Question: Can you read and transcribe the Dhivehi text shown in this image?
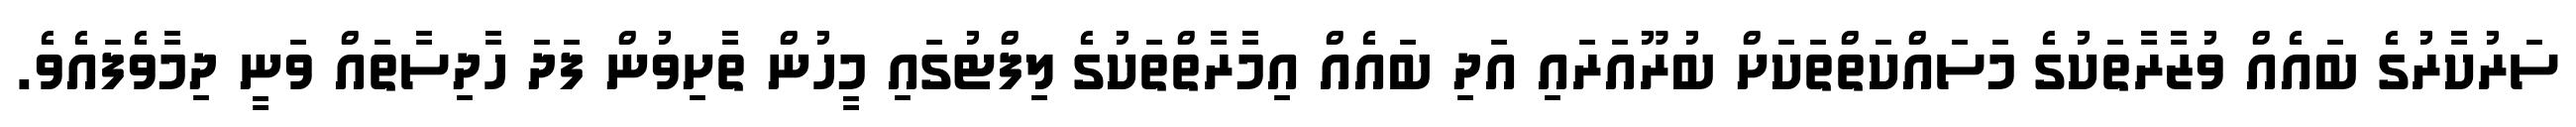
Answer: ސަރުކާރުގެ ބައެއް ވުޒާރާތަކުގެ މަސައްކަތްތަކަށް ބުރޫއަރައި އަދި ބައެއް އިމާރާތްތަކުގެ ލިފްޓުގައި މީހުން ތާށިވުން ފަދަ ހާދިސާތައް ވަނީ ދިމާވެފައެވެ.